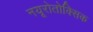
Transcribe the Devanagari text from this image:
नयूरोतोक्सिक